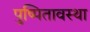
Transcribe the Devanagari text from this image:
पुष्पितावस्था